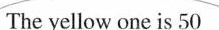
The yellow one is 50